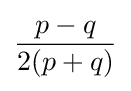
{\frac {p-q}{2(p+q)}}